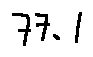
7 7 . 1